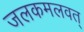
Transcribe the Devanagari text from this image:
जलकमलवत्